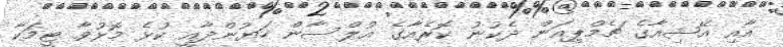
އާއި އޭޝިއާގެ ޗެމްޕިއަން ދެކުނު ކޮރެއާގެ އުލްސާން ހަޔުންދާއީ ކުޅެ މޮޅުވާ ޓީމަކާ